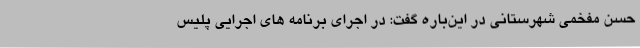
حسن مفخمی شهرستانی در این‌باره گفت: در اجرای برنامه های اجرایی پلیس